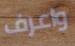
واعرف